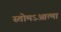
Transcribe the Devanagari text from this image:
स्तोमऽआत्मा